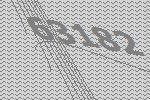
63182